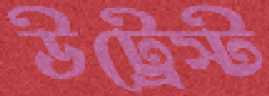
উট্রেস্ট